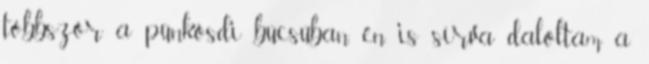
többször a pünkösdi búcsúban, én is sírva daloltam a